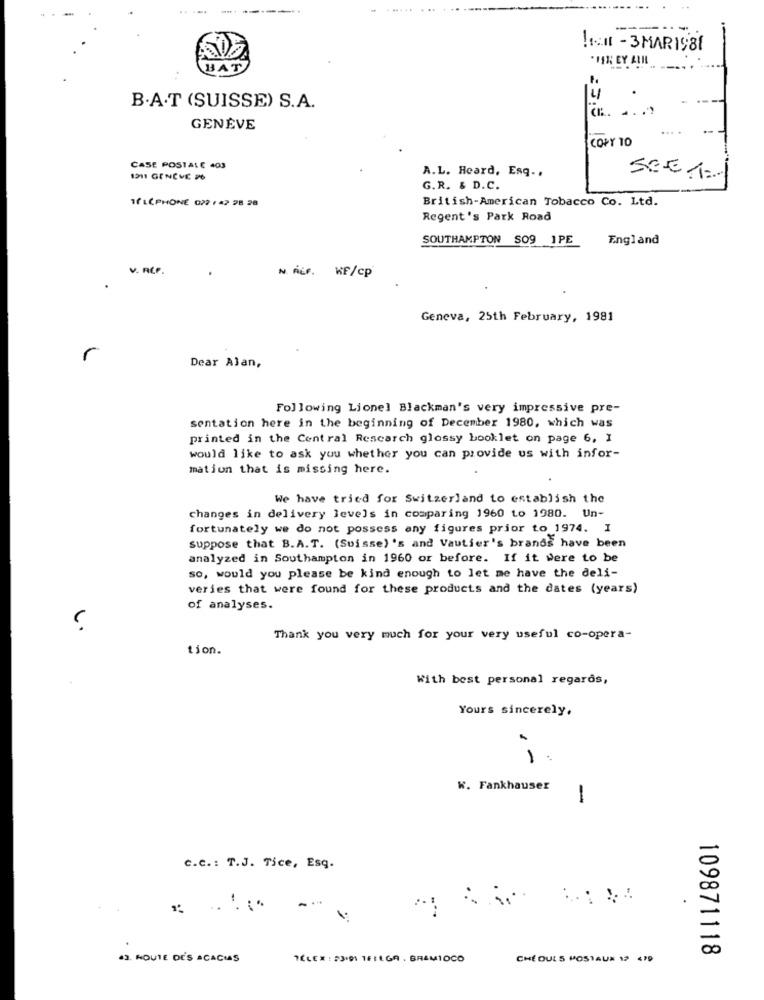
--------
..... ... ........
!1:It - 3 MAR 1981
*11%; EY ALIL
BAT
B.A.T (SUISSE) S.A.
GENÈVE
COPY TO
CASE POSTALE 403
A.L. Heard, Esq ..
1211 GENÇVE 26
G.R. & D.C.
16 LÉPHONE 022 , 42 28 28
British-American Tobacco Co. Ltd.
Regent's Park Road
SOUTHAMPTON SO9 1PE
England
V. REP.
N. ALF. KF/cp
Geneva, 25th February, 1981
r
Dear Alan,
Following Lionel Blackman's very impressive pre-
sentation here in the beginning of December 1980, which was
printed in the Central Rescarch glossy booklet on page 6, I
would like to ask you whether you can provide us with infor-
mation that is missing here.
We have tried for Switzerland to establish the
changes in delivery levels in comparing 1960 to 1980. Un-
fortunately we do not possess any figures prior to 1974. I
suppose that B.A.T. (Suisse) 's and Vautier's brands have been
analyzed in Southampton in 1960 or before. If it Were to be
so, would you please be kind enough to let me have the deli-
veries that were found for these products and the dates (years)
of analyses.
Thank you very much for your very useful co-opera-
tion.
With best personal regards,
Yours sincerely.
1.
W. Fankhauser
-
C.C .: T.J. Tice, Esq.
. .. .. .
..
109871118
43. ROUTE DES ACACIAS
TELEX : 23.91 1FIEGR . BRAM10CO
CHE OULS POSTAUX 12 479